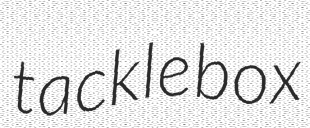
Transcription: tackle box